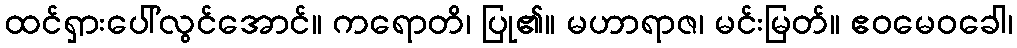
ထင်ရှားပေါ်လွင်အောင်။ ကရောတိ၊ ပြု၏။ မဟာရာဇ၊ မင်းမြတ်။ ဧဝမေဝခေါ၊